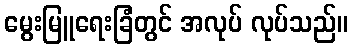
မွေးမြူရေးခြံတွင် အလုပ် လုပ်သည်။